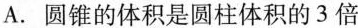
A.圆锥的体积是圆柱体积的3倍